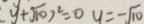
y + \sqrt { 1 0 } ) ^ { 2 } = 0 y = - \sqrt { 1 0 }